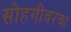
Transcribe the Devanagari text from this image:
सोहगीवरवा